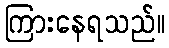
ကြားနေရသည်။